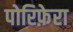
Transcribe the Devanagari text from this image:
पोरिफ़ेरा